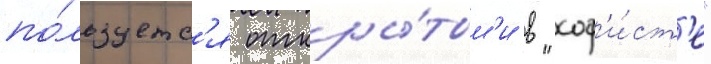
по́льзуетс'я откры́тым'и в "соф'и́ст'е"